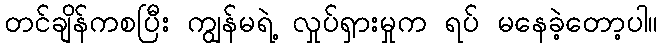
တင်ချိန်ကစပြီး ကျွန်မရဲ့ လှုပ်ရှားမှုက ရပ် မနေခဲ့တော့ပါ။